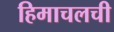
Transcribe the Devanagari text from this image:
हिमाचलची